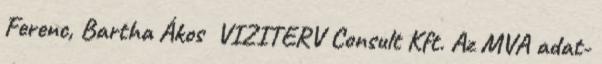
Ferenc, Bartha Ákos VIZITERV Consult Kft. Az MVA adat-